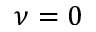
\nu = 0